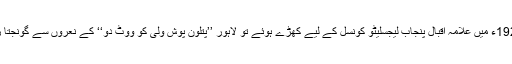
1926ء میں علامہ اقبالؒ پنجاب لیجسلیٹو کونسل کے لیے کھڑے ہوئے تو لاہور ’’پتلون پوش ولی کو ووٹ دو‘‘ کے نعروں سے گونجتا رہا۔